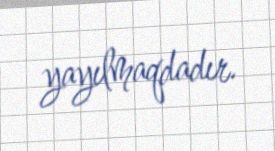
yayılmaqdadır.